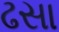
ઢસા